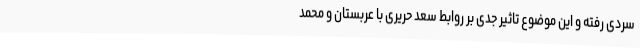
سردی رفته و این موضوع تاثیر جدی بر روابط سعد حریری با عربستان و محمد